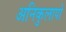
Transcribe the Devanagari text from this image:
अनिकुलापो